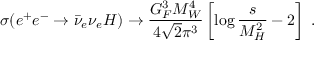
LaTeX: \sigma ( e ^ { + } e ^ { - } \to \bar { \nu } _ { e } \nu _ { e } H ) \to \frac { G _ { F } ^ { 3 } M _ { W } ^ { 4 } } { 4 \sqrt { 2 } \pi ^ { 3 } } \left[ \log \frac { s } { M _ { H } ^ { 2 } } - 2 \right] ~ .